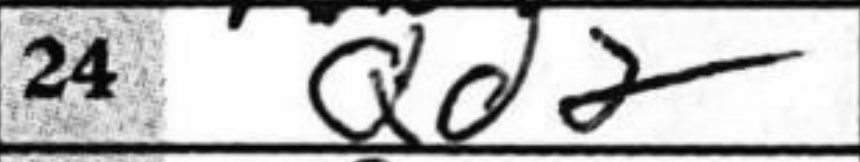
Transcription: Qd2